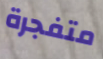
متفجرة